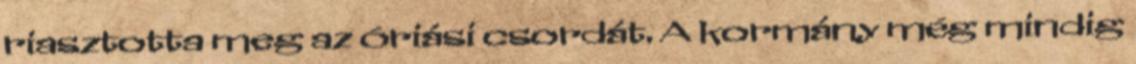
riasztotta meg az óriási csordát. A kormány még mindig